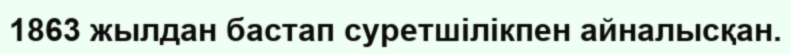
1863 жылдан бастап суретшілікпен айналысқан.